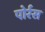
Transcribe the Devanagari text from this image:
पोर्रस